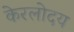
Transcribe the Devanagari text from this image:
केरलोदय